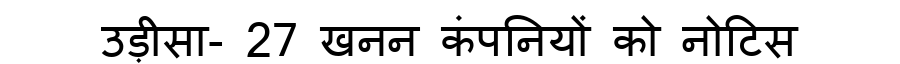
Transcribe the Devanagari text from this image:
उड़ीसा- 27 खनन कंपनियों को नोटिस